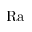
\mathrm { R a }